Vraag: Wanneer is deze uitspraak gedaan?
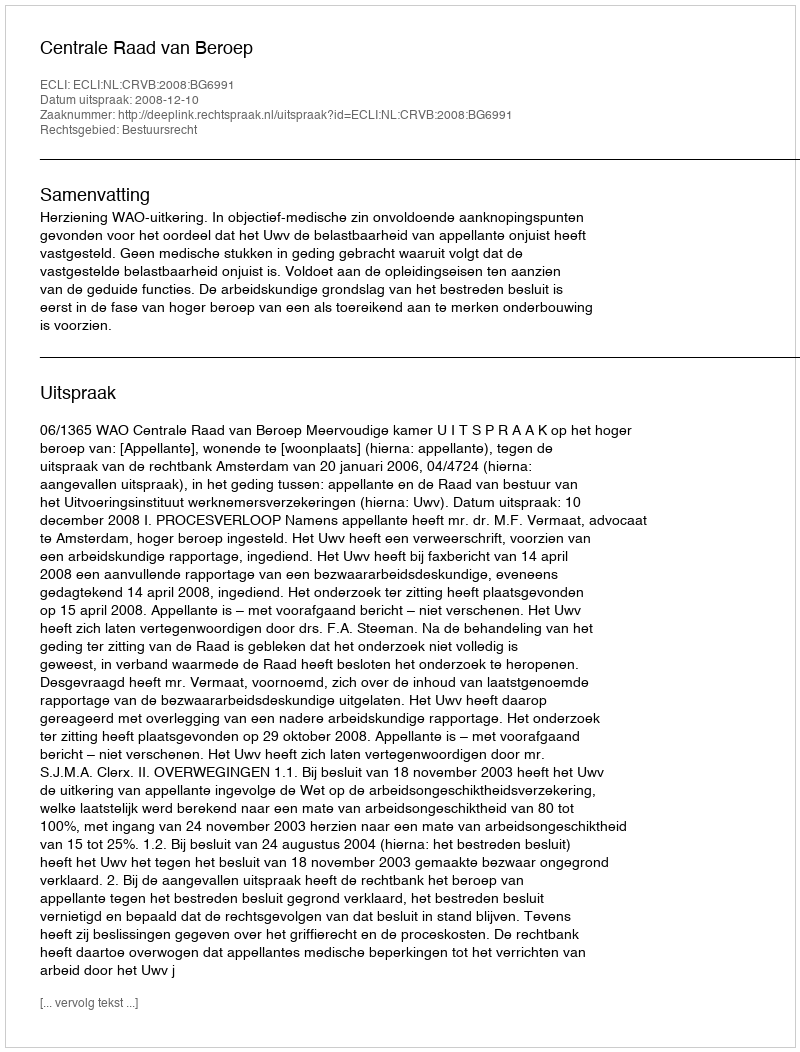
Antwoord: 2008-12-10